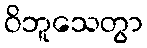
ဝိဘူသေတွာ